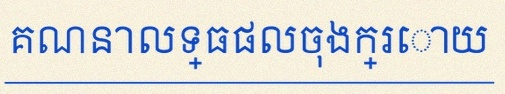
គណនាលទ្ធផលចុងក្រោយ